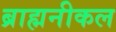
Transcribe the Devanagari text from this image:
ब्राह्मनीकल